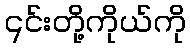
၎င်းတို့ကိုယ်ကို